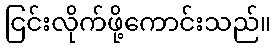
ငြင်းလိုက်ဖို့ကောင်းသည်။